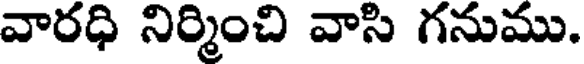
వారధి నిర్మించి వాసి గనుము.